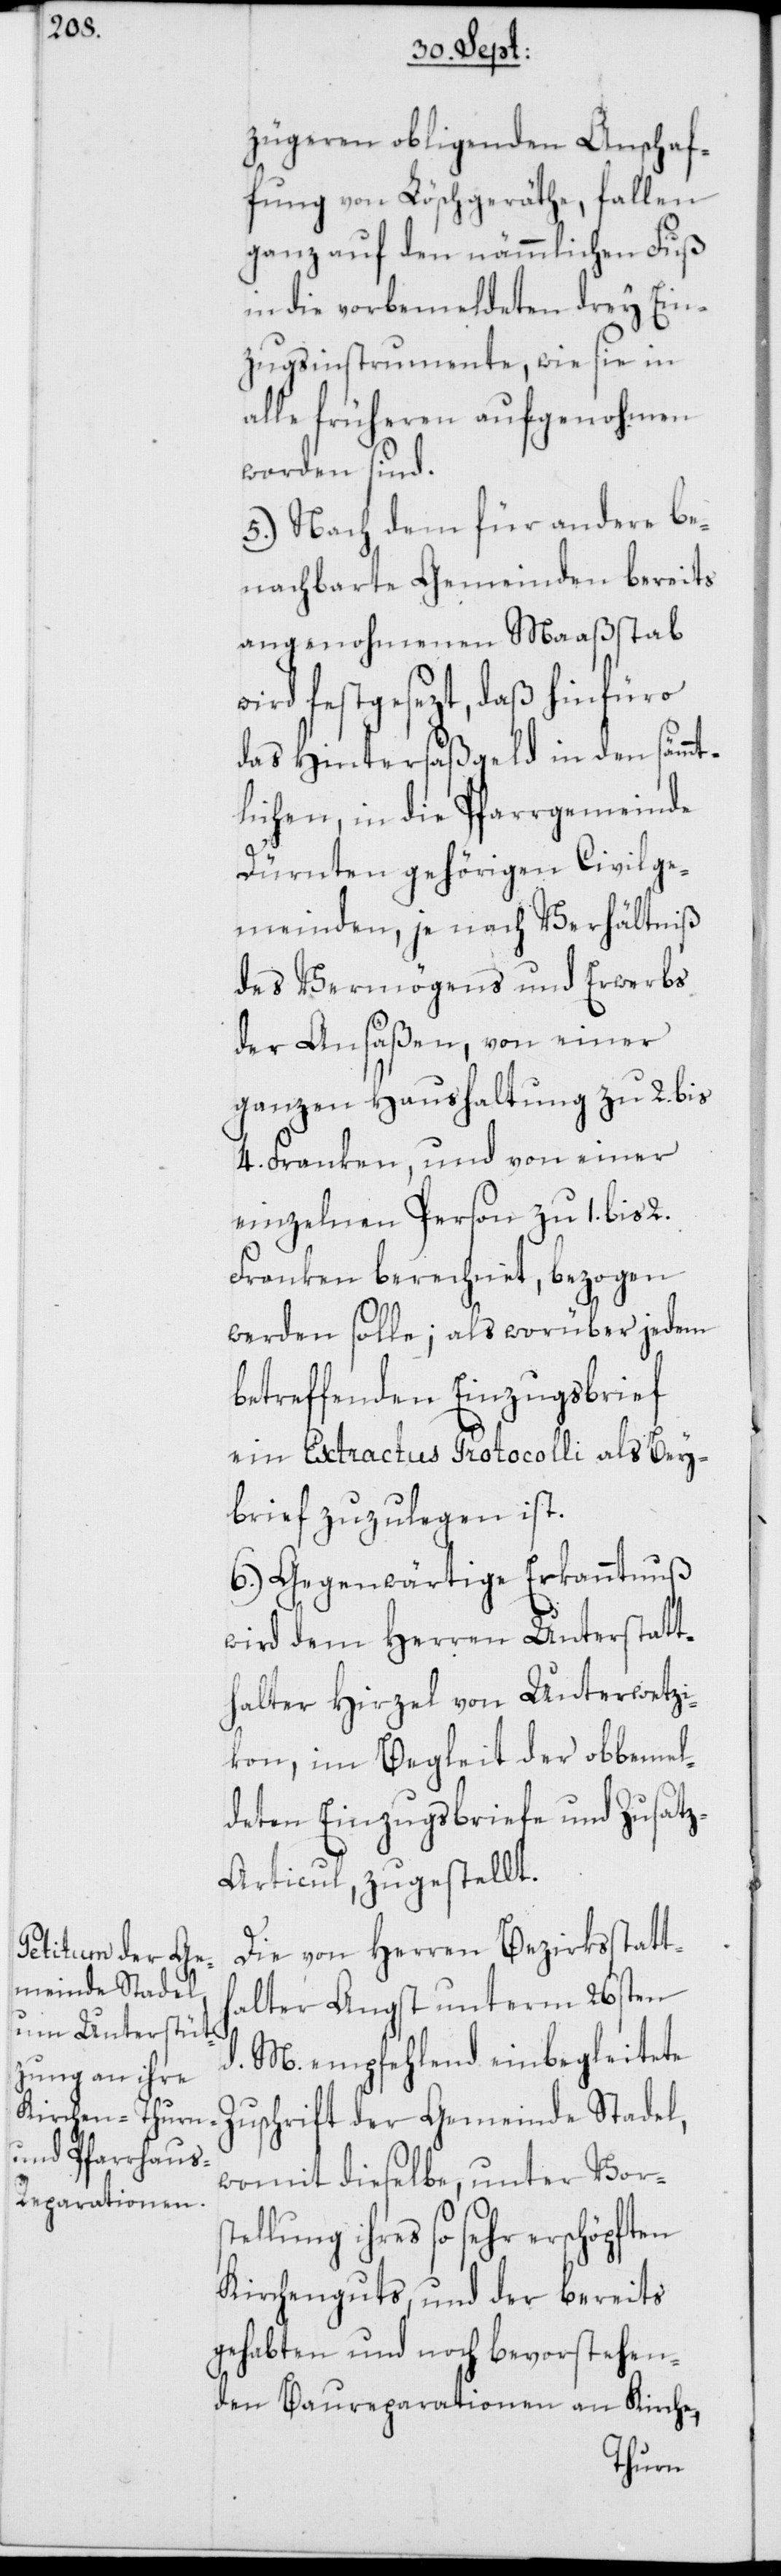
zügeren obligenden Anschaf¬
fung von Löschgeräthe, fallen
ganz auf den nämmlichen Fuß
in die vorbemeldeten drey Ein¬
zugsinstrumente, wie sie in
alle früheren aufgenohmen
worden sind.
5.) Nach dem für andere be¬
nachbarte Gemeinden bereits
angenohmenen Maaßstab
wird festgesezt, daß hinfüro
das Hintersäßgeld in den sämmt¬
lichen, in die Pfarrgemeinde
Dürnten gehörigen Civilge¬
meinden, je nach Verhältniß
des Vermögens und Erwerbs
der Ansäßen, von einer
ganzen Haushaltung zu 2. bis
4. Franken, und von einer
einzelnen Person zu 1. bis 2.
Franken berechnet, bezogen
werden solle; als worüber jedem
betreffenden Einzugsbrief
ein Extractus Protocolli als Bey¬
brief zuzulegen ist.
6.) Gegenwärtige Erkanntnuß
wird dem Herren Unterstatt¬
halter Hirzel von Unterwetzi¬
kon, im Begleit der obbemel¬
deten Einzugsbriefe und Zusat¬
z-Articul, zugestellt.
Die von Herren Bezirksstatth¬
alter Angst unterm 26sten
M. empfehlend einbegleitete
Zuschrift der Gemeinde Stadel,
womit dieselbe, unter Vorst¬
ellung ihres so sehr erschöpften
Kirchenguts, und der bereits
gehabten und noch bevorstehen¬
den Baureparationen an Kirche,